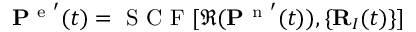
\mathbf { P } ^ { \mathrm { ~ e ~ } ^ { \prime } } ( t ) = \mathrm { ~ S ~ C ~ F ~ } [ \Re ( \mathbf { P } ^ { \mathrm { ~ n ~ } ^ { \prime } } ( t ) ) , \{ \mathbf { R } _ { I } ( t ) \} ]